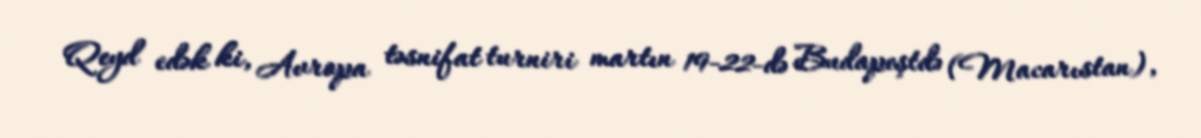
Qeyd edək ki, Avropa təsnifat turniri martın 19-22-də Budapeştdə (Macarıstan),